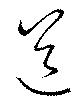
送